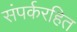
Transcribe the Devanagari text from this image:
संपर्करहित